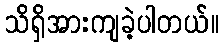
သိရှိအားကျခဲ့ပါတယ်။